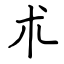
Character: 朮